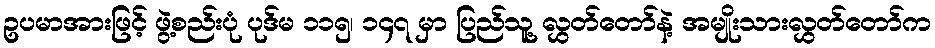
ဥပမာအားဖြင့် ဖွဲ့စည်းပုံ ပုဒ်မ ၁၁၅၊ ၁၄၇ မှာ ပြည်သူ့ လွှတ်တော်နဲ့ အမျိုးသားလွှတ်တော်က